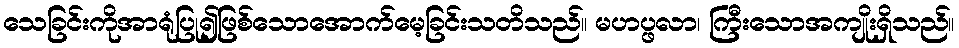
သေခြင်းကိုအာရုံပြု၍ဖြစ်သောအောက်မေ့ခြင်းသတိသည်။ မဟပ္ဖလာ၊ ကြီးသောအကျိုးရှိသည်။